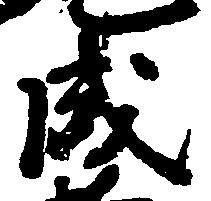
成